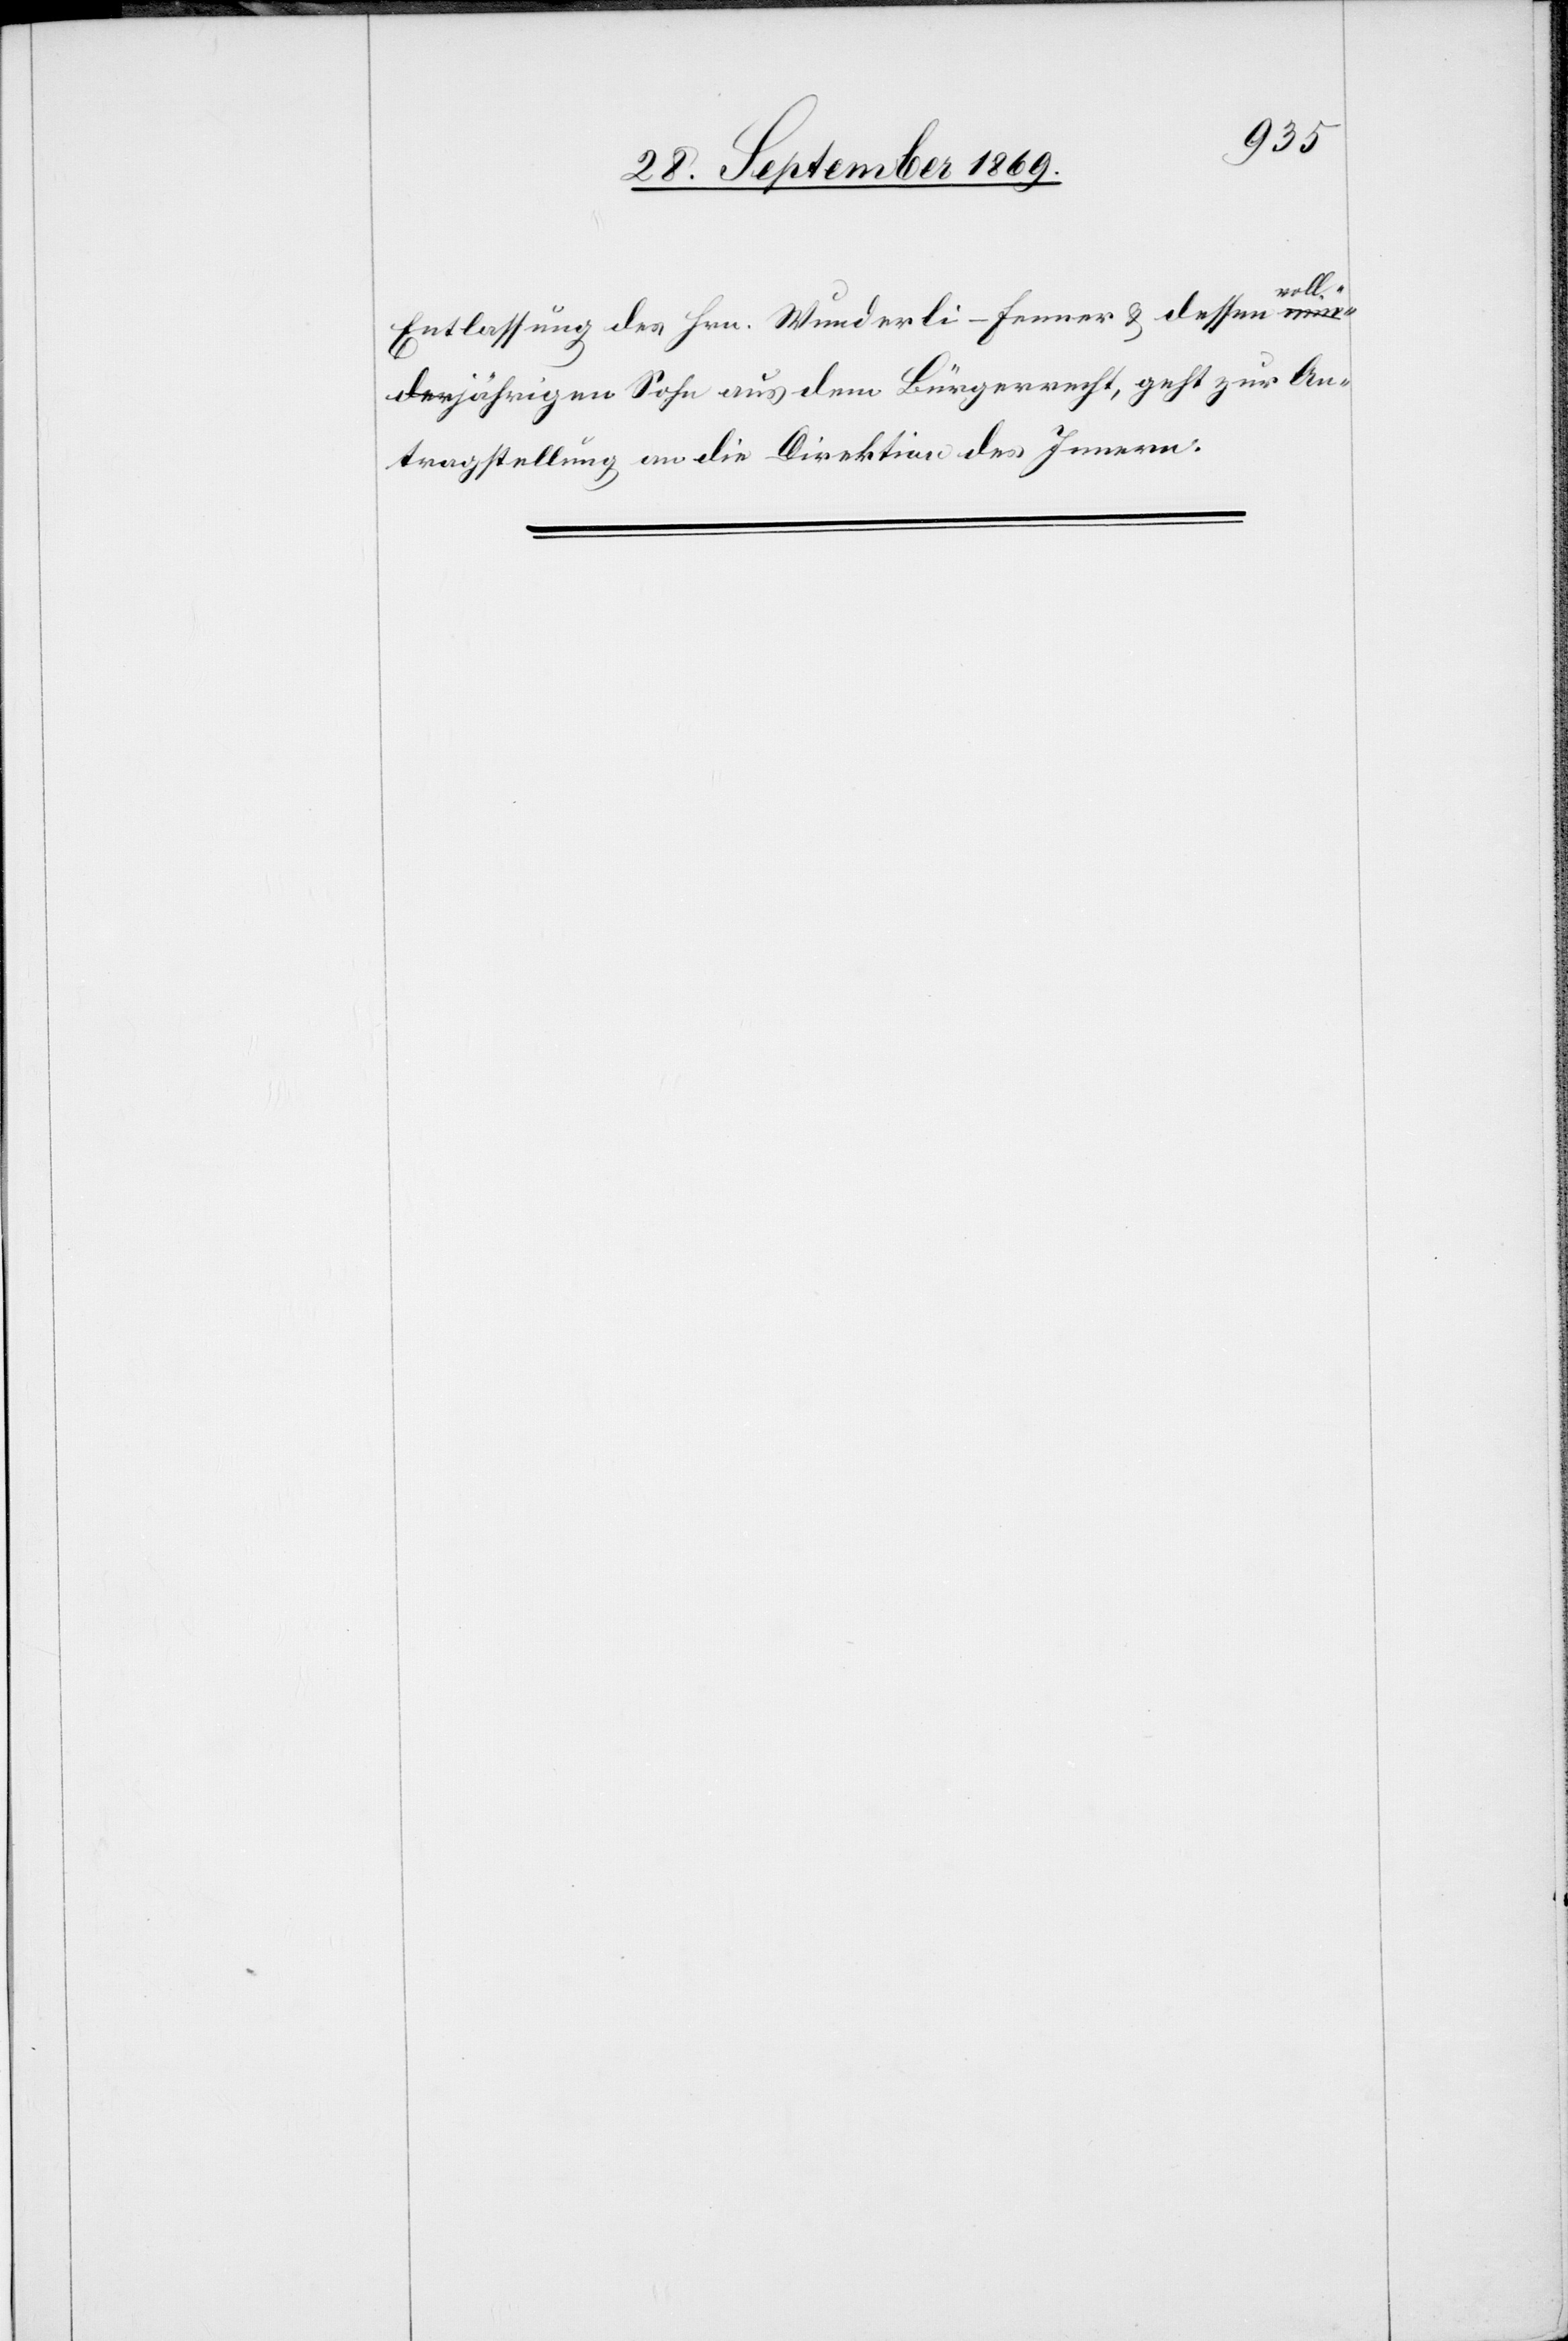
voll¬
Entlassung des Hrn. Wunderli-Fenner & dessen
jährigen Sohn aus dem Bürgerrecht, geht zur An¬
tragstellung an die Direktion des Innern.